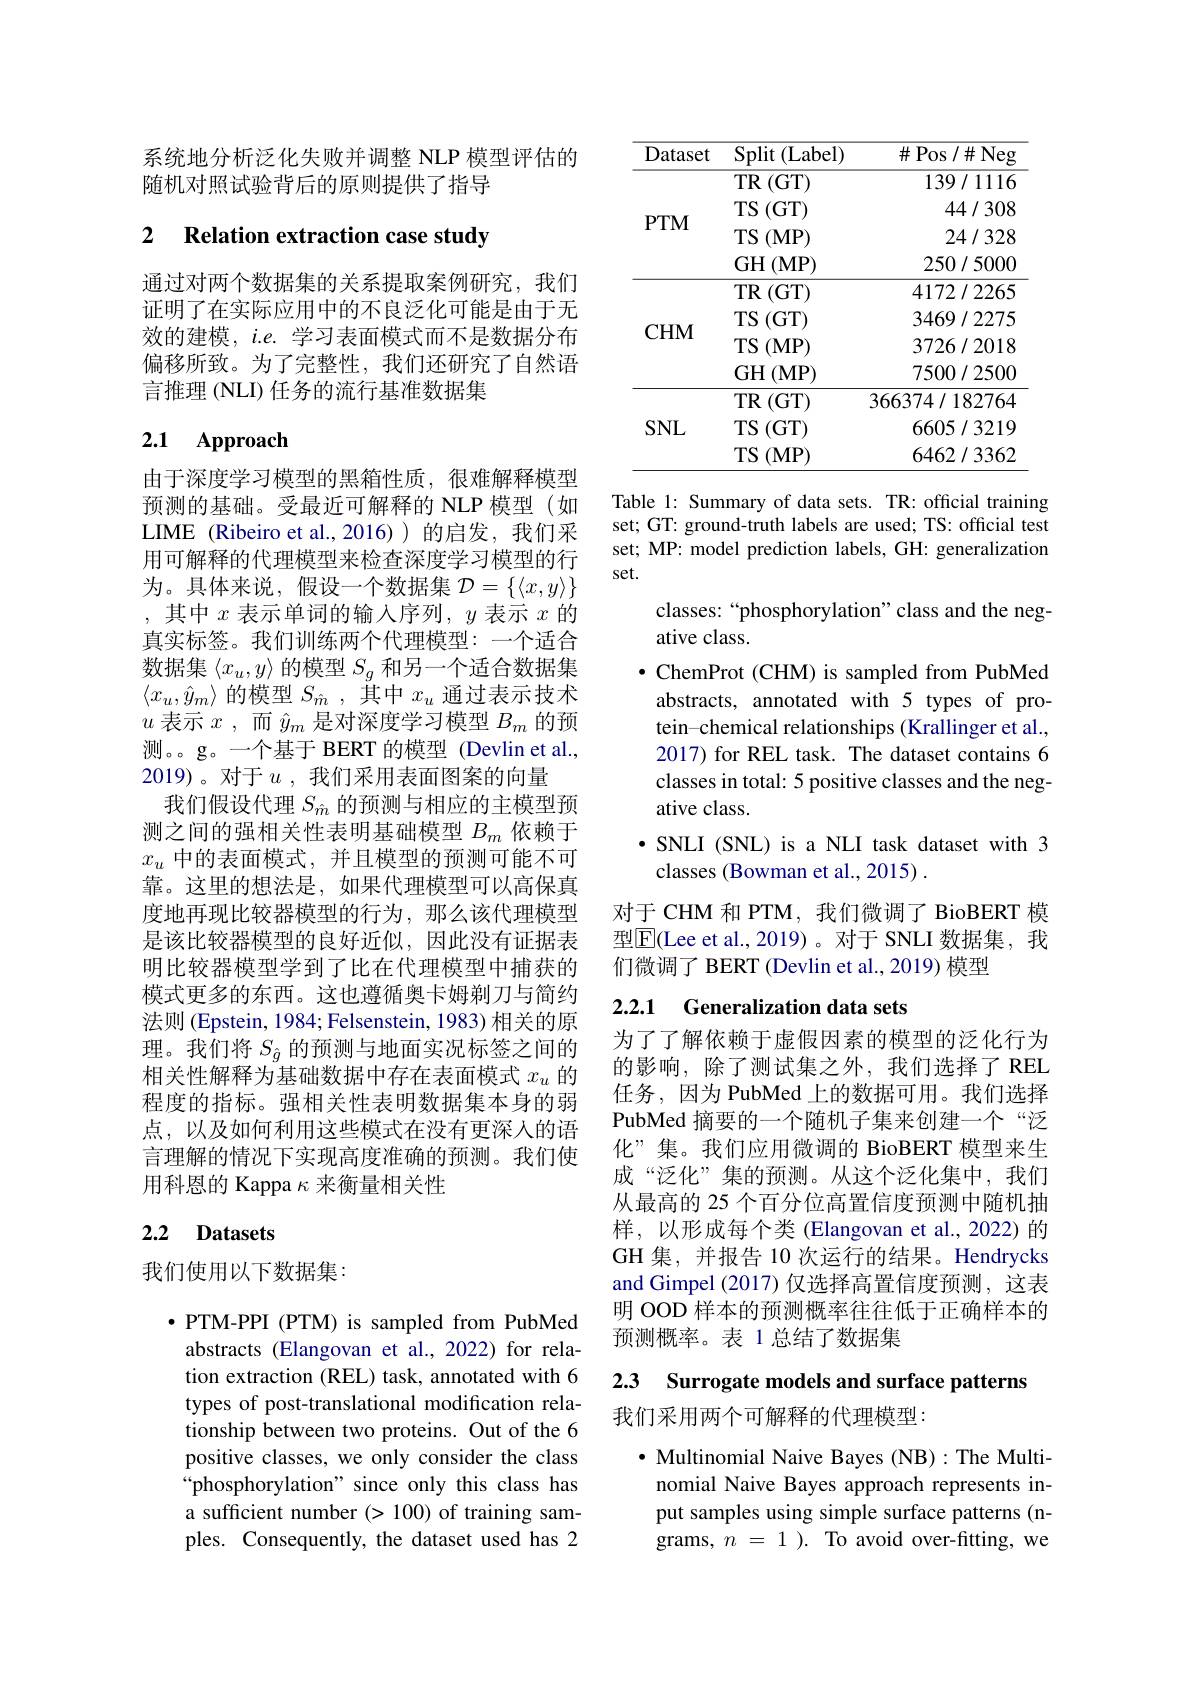
系统地分析泛化失败并调整 NLP 模型评估的
随机对照试验背后的原则提供了指导

# 2 $\textbf{Relation extraction case study}$

通过对两个数据集的关系提取案例研究，我们证明了在实际应用中的不良泛化可能是由于无效的建模，i.e. 学习表面模式而不是数据分布偏移所致。为了完整性，我们还研究了自然语言推理 (NLI) 任务的流行基准数据集

## 2.1 Approach

由于深度学习模型的黑箱性质，很难解释模型预测的基础。受最近可解释的 NLP 模型(如LIME (Ribeiro et al.,2016))的启发，我们采用可解释的代理模型来检查深度学习模型的行为。具体来说，假设一个数据集$\mathcal{D}=\{\langle x,y\rangle\}$ ,其中$x$表示单词的输入序列$,y$表示$x$的真实标签。我们训练两个代理模型：一个适合数据集$\left\langle x_u,y\right\rangle$的模型$S_g$ 和另一个适合数据集$\langle x_u,\hat{y}_m\rangle$的模型$S_\hat{m}$,其中$x_u$通过表示技术$u$表示$x$ ,而$\hat{y}_m$是对深度学习模型$B_m$的预测。。g。一个基于 BERT 的模型(Devlin et al., 2019)。对于$u$,我们采用表面图案的向量
我们假设代理$S_{\hat{m}}$的预测与相应的主模型预测之间的强相关性表明基础模型$B_m$依赖于$x_u$中的表面模式，并且模型的预测可能不可靠。这里的想法是，如果代理模型可以高保真度地再现比较器模型的行为，那么该代理模型是该比较器模型的良好近似，因此没有证据表明比较器模型学到了比在代理模型中捕获的模式更多的东西。这也遵循奥卡姆剃刀与简约法则 (Epstein, 1984; Felsenstein, 1983) 相关的原理。我们将$S_{\hat{g}}$的预测与地面实况标签之间的相关性解释为基础数据中存在表面模式$x_u$的程度的指标。强相关性表明数据集本身的弱点，以及如何利用这些模式在没有更深入的语言理解的情况下实现高度准确的预测。我们使用科恩的 Kappa $\kappa$来衡量相关性

## 2.2 Datasets

## 我们使用以下数据集：

$\bullet$PTM-PPI (PTM) is sampled from PubMed abstracts (Elangovan et al.,2022) for relation extraction (REL) task, annotated with 6 types of post-translational modification relationship between two proteins. Out of the 6 positive classes, we only consider the class “phosphorylation” since only this class has a sufficient number (>100) of training samples. Consequently, the dataset used has 2

<table>
	<tbody>
		<tr>
			<th>Dataset</th>
			<th>Split (Label)</th>
			<th>$\#$Pos$/\#$Neg</th>
		</tr>
		<tr>
			<td rowspan="4">$PTM$</td>
			<td>$TR$ (GT)</td>
			<td>139/1116</td>
		</tr>
		<tr>
			<td>$TS$ (GT) </td>
			<td>44/308</td>
		</tr>
		<tr>
			<td>$TS$ (MP)</td>
			<td>24/328</td>
		</tr>
		<tr>
			<td>$GH$ $(\mathbf{MP})$</td>
			<td>250/5000</td>
		</tr>
		<tr>
			<td> </td>
			<td>(GT) $TR$</td>
			<td>4172/2265</td>
		</tr>
		<tr>
			<td rowspan="3">$CHM$</td>
			<td>$TS$ (GT)</td>
			<td>3469/2275</td>
		</tr>
		<tr>
			<td>$TS$ $(\mathbf{MP}$</td>
			<td>3726/2018</td>
		</tr>
		<tr>
			<td>$GH$ $(\mathbf{MP}$</td>
			<td>7500/2500</td>
		</tr>
		<tr>
			<td rowspan="3">$SNL$</td>
			<td>$TR$ (GT)</td>
			<td>366374/182764</td>
		</tr>
		<tr>
			<td>$TS$ (GT) </td>
			<td>6605/3219</td>
		</tr>
		<tr>
			<td>$TS$ $(\mathbf{MP})$</td>
			<td>6462/3362</td>
		</tr>
	</tbody>
</table>

Table 1: Summary of data sets. TR: official training set; GT: ground-truth labels are used; TS: official test set; MP: model prediction labels, GH: generalization set.
classes: “phosphorylation”class and the neg-
ative class.
$\bullet$ ChemProt (CHM) is sampled from PubMed abstracts, annotated with 5 types of protein-chemical relationships (Krallinger et al., 2017) for REL task. The dataset contains 6 classes in total: 5 positive classes and the negative class.
$\bullet$ SNLI (SNL) is a NLI task dataset with 3
classes (Bowman et al., 2015) .
对于 CHM 和 PTM, 我们微调了 BioBERT 模

型$\overline{\mathrm{E}}$(Lee et al.,2019)。对于 SNLI 数据集，我
们微调了 BERT (Devlin et al., 2019) 模型

## 2.2.1 Generalization data sets

为了了解依赖于虚假因素的模型的泛化行为的影响，除了测试集之外，我们选择了 REL 任务，因为 PubMed 上的数据可用。我们选择PubMed 摘要的一个随机子集来创建一个“泛化”集。我们应用微调的 BioBERT 模型来生成“泛化”集的预测。从这个泛化集中，我们从最高的 25 个百分位高置信度预测中随机抽样，以形成每个类 (Elangovan et al.,2022)的GH 集，并报告 10 次运行的结果。Hendrycks and Gimpel (2017) 仅选择高置信度预测，这表明 OOD 样本的预测概率往往低于正确样本的预测概率。表 1 总结了数据集

2.3 Surrogate models and surface patterns

我们采用两个可解释的代理模型：

$\cdot$ Multinomial Naive Bayes (NB):The Multinomial Naive Bayes approach represents input samples using simple surface patterns (ngrams,  ${\bar{n} }= 1$). To avoid over-fitting, we